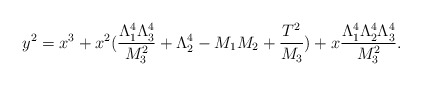
\begin{align*}y^2 = x^3 + x^2 ( \frac{\Lambda_1^4 \Lambda^4_3}{M_3^2} + \Lambda_2^4 - M_1 M_2 + \frac{T^2}{M_3} ) + x \frac{\Lambda_1^4 \Lambda_2^4 \Lambda_3^4}{ M_3^2}. \end{align*}